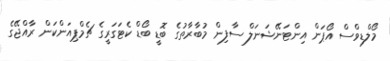
މޯލްޑިވްސް އޯޕަން އިންޓަނޭޝަނަލް ސާފިން މުބާރާތުގެ ބޮޑީ ބޯޑް ކެޓަގަރީގެ ޗެމްޕިއަންކަން ރާއްޖޭގެ